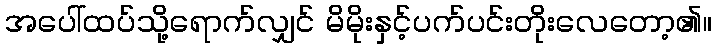
အပေါ်ထပ်သို့ရောက်လျှင် မိမိုးနှင့်ပက်ပင်းတိုးလေတော့၏။